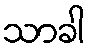
သာခါ